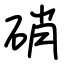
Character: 硝